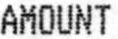
AMOUNT